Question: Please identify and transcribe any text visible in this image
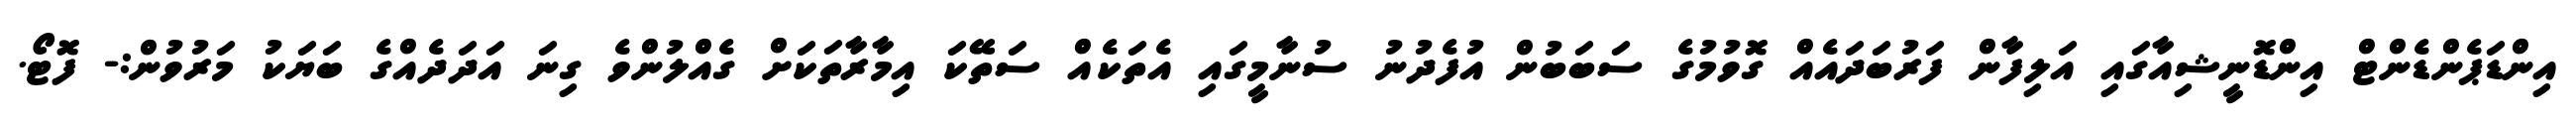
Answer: އިންޑަޕެންޑެންޓް އިންޑޮނީޝިއާގައި އަލިފާން ފަރުބަދައެއް ގޮވުމުގެ ސަބަބުން އުފެދުނު ސުނާމީގައި އެތަކެއް ސަތޭކަ އިމާރާތަކަށް ގެއްލުންވެ ގިނަ އަދަދެއްގެ ބަޔަކު މަރުވުން:- ފޮޓޯ.